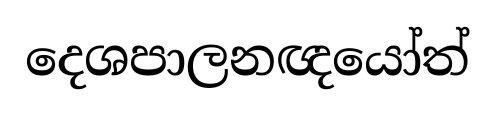
දෙශපාලනඥයෝත්